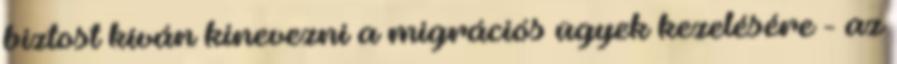
biztost kíván kinevezni a migrációs ügyek kezelésére - az